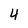
Character: 4